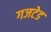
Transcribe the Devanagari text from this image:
गजटेड